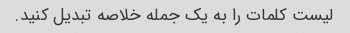
لیست کلمات را به یک جمله خلاصه تبدیل کنید.